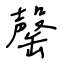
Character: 罄